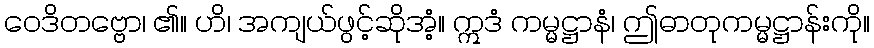
ဝေဒိတဗ္ဗော၊ ၏။ ဟိ၊ အကျယ်ဖွင့်ဆိုအံ့။ ဣဒံ ကမ္မဋ္ဌာနံ၊ ဤဓာတုကမ္မဋ္ဌာန်းကို။